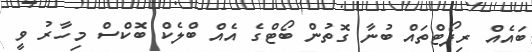
ބައެއް ރިޕޯޓްތައް ބުނާ ގޮތުން ބޯޓްގެ އެއް ބްލެކް ބޮކްސް މިހާރު ވީ